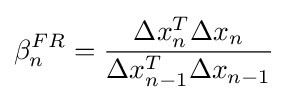
\beta _{n}^{FR}={\frac {\Delta x_{n}^{T}\Delta x_{n}}{\Delta x_{n-1}^{T}\Delta x_{n-1}}}